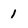
Character: 1